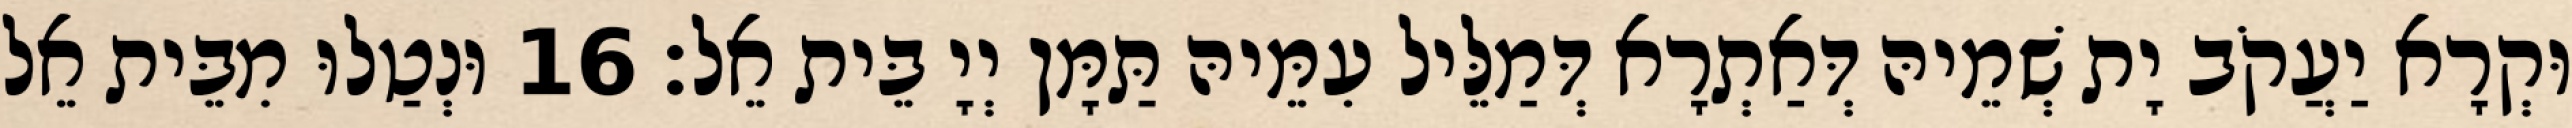
וּקְרָא יַעֲקֹב יָת שְׁמֵיהּ דְּאַתְרָא דְּמַלֵּיל עִמֵּיהּ תַּמָּן יְיָ בֵּית אֵל׃ 16 וּנְטַלוּ מִבֵּית אֵל